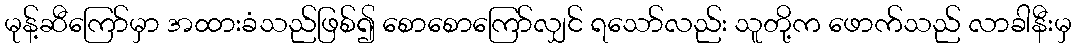
မုန့်ဆီကြော်မှာ အထားခံသည်ဖြစ်၍ စောစောကြော်လျှင် ရသော်လည်း သူတို့က ဖောက်သည် လာခါနီးမှ